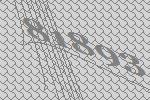
81893